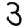
Digit: 3